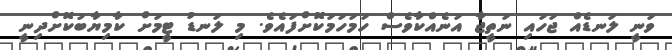
ވަނީ ލަނޑެއް ޖަހައި ނަތީޖާ އަނެއްކާވެސް ހަމަހަމަކޮށްފައެވެ. މި ލަނޑު ޓީމަށް ކާމިޔާބުކޮށްދިނީ